65_HS1-834228961_62-HQ-83894_Section_10
Agency: FBI
Page 145
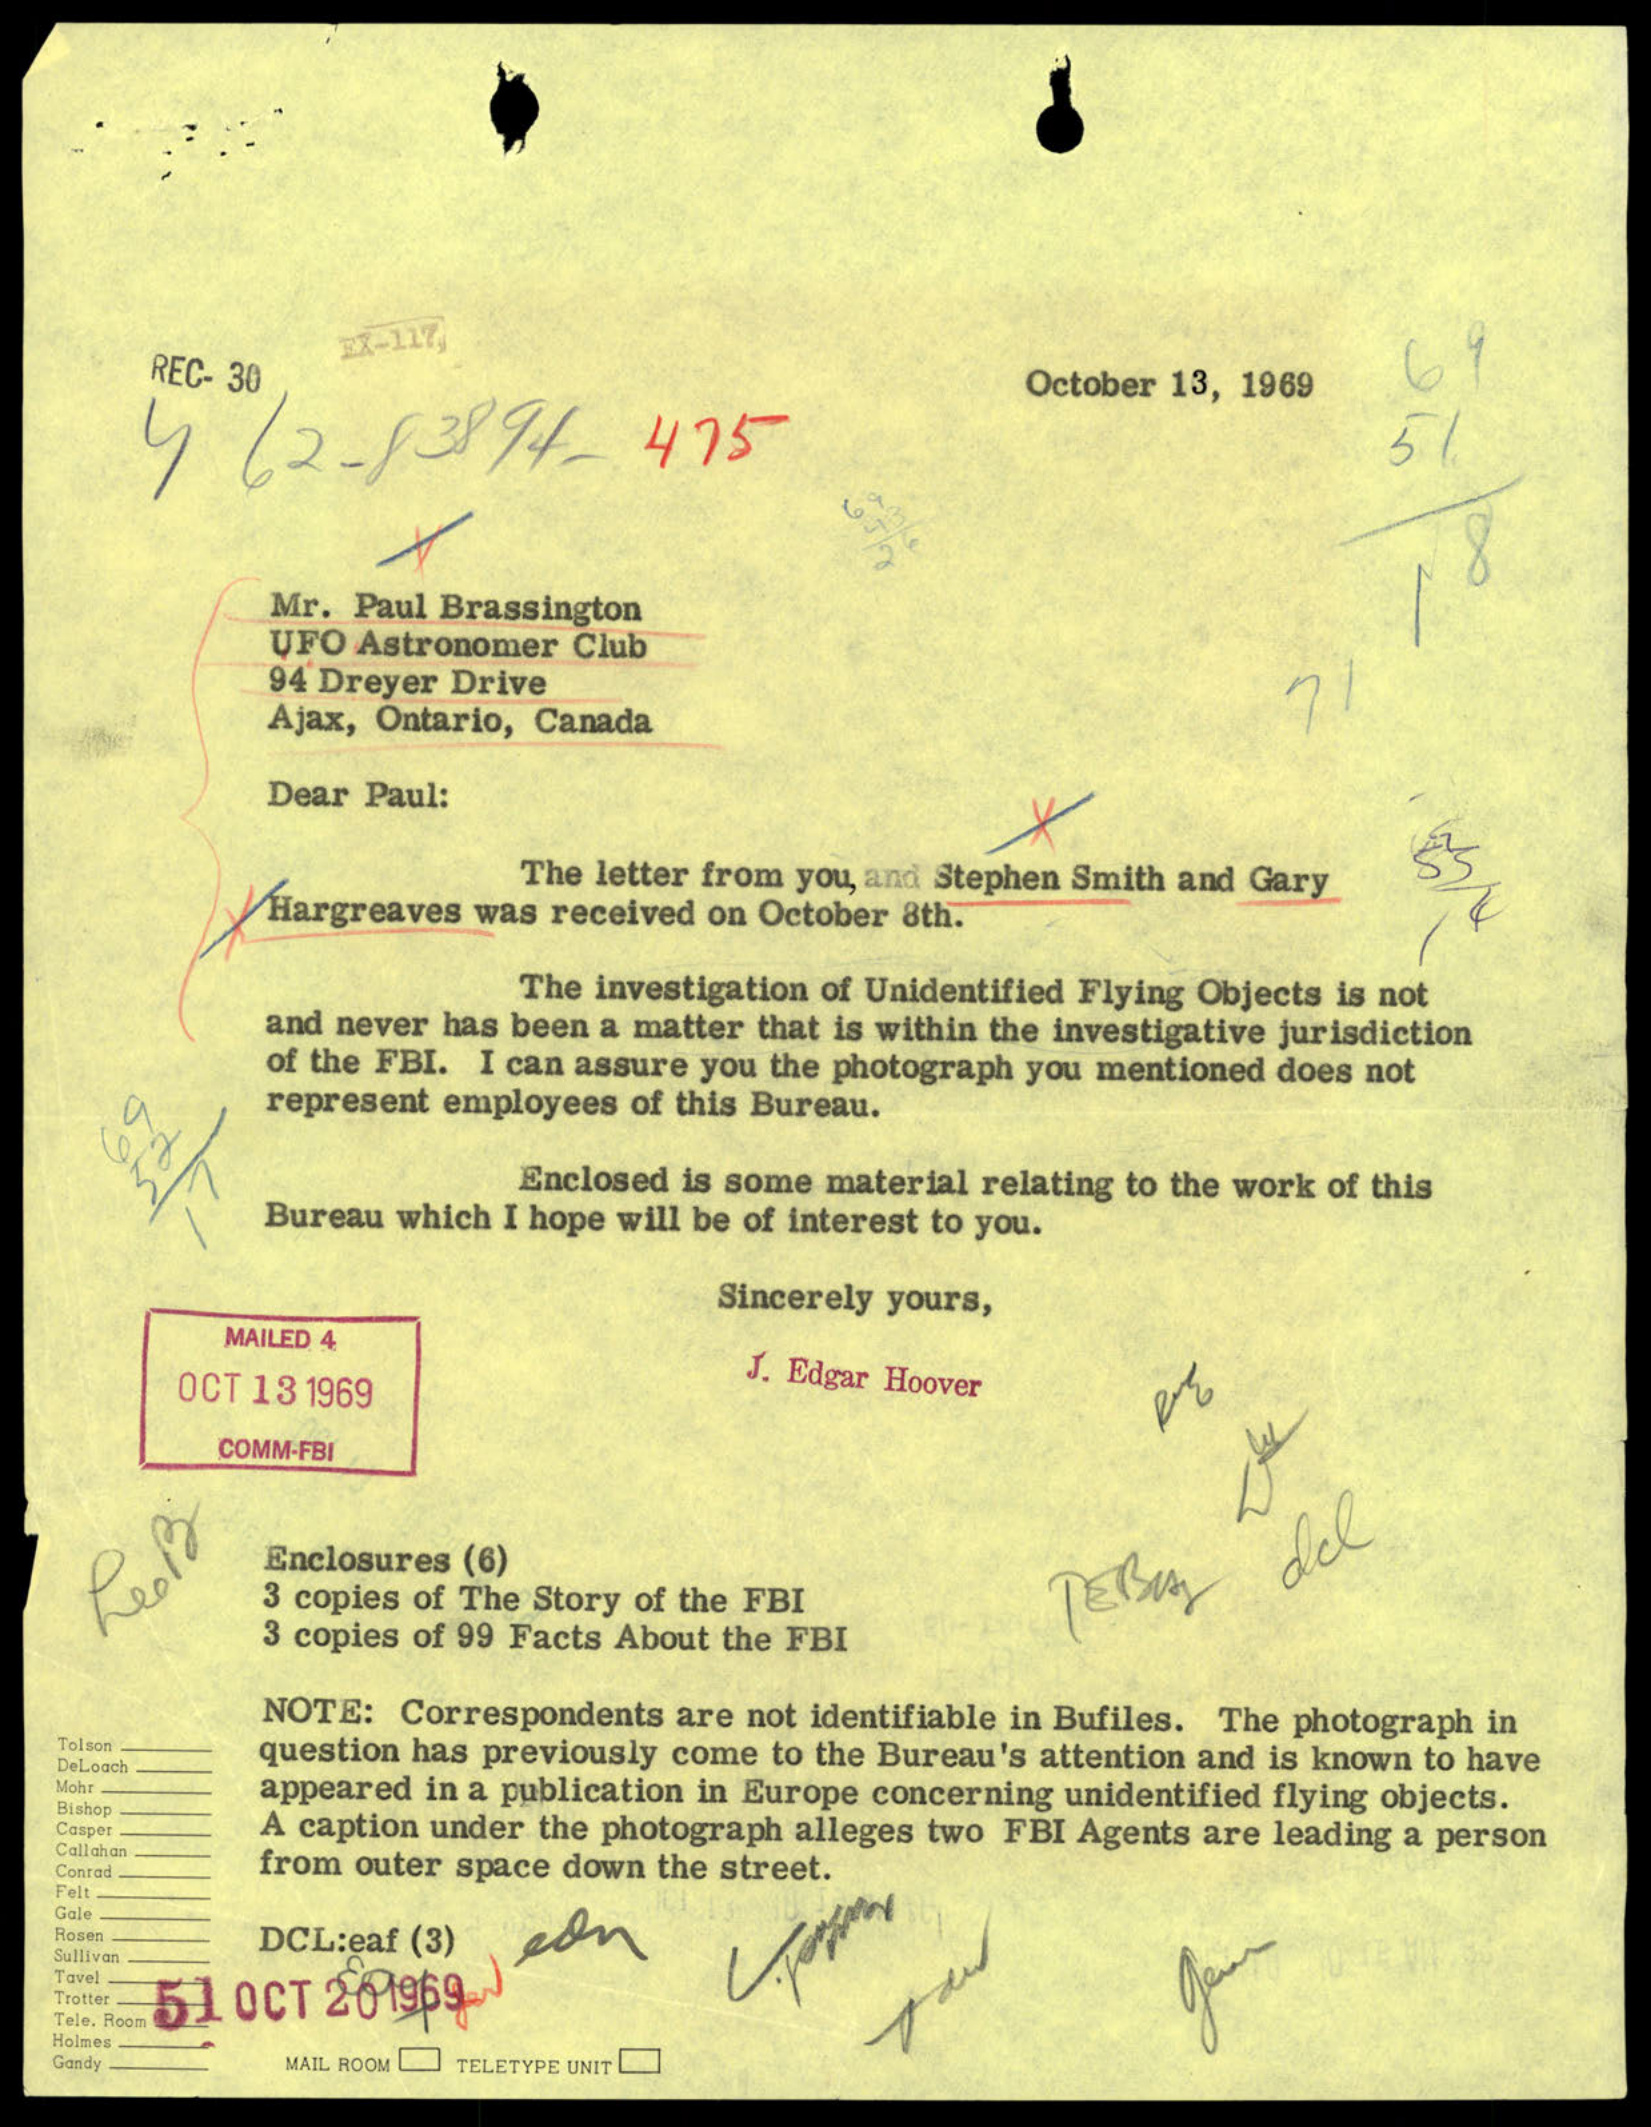